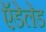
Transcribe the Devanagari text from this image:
ऍडेलेड